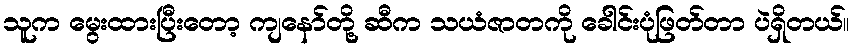
သူက မွေးထားပြီးတော့ ကျနော်တို့ ဆီက သယံဇာတကို ခေါင်းပုံဖြတ်တာ ပဲရှိတယ်။